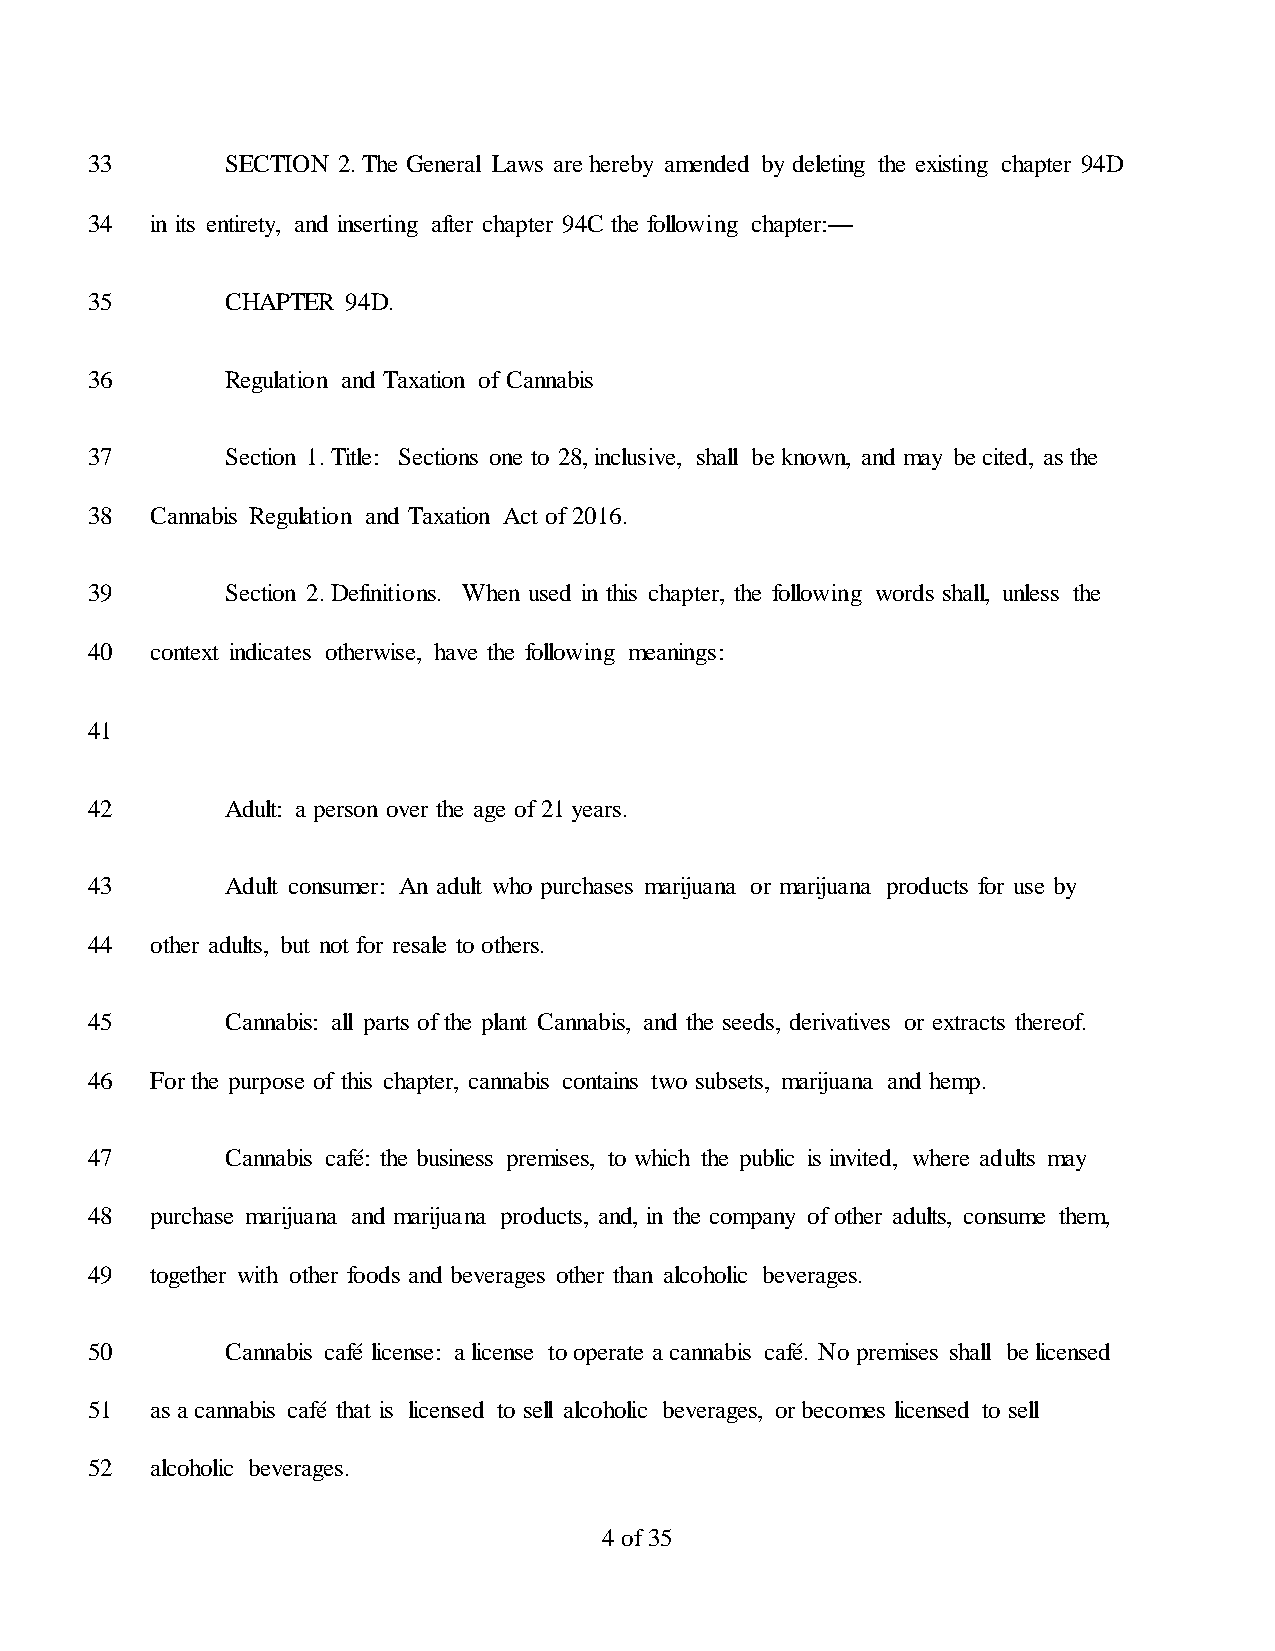
33       SECTION 2. The General Laws are hereby amended by deleting the existing chapter 94D
 34  in its entirety, and inserting after chapter 94C the following chapter:—
 35       CHAPTER 94D.
 36       Regulation and Taxation of Cannabis
 37       Section 1. Title: Sections one to 28, inclusive, shall be known, and may be cited, as the
 38  Cannabis Regulation and Taxation Act of 2016.
 39       Section 2. Definitions. When used in this chapter, the following words shall, unless the
 40  context indicates otherwise, have the following meanings:
 41
 42       Adult: a person over the age of 21 years.
 43       Adult consumer: An adult who purchases marijuana or marijuana products for use by
 44  other adults, but not for resale to others.
 45       Cannabis: all parts of the plant Cannabis, and the seeds, derivatives or extracts thereof.
 46  For the purpose of this chapter, cannabis contains two subsets, marijuana and hemp.
 47       Cannabis café: the business premises, to which the public is invited, where adults may
 48  purchase marijuana and marijuana products, and, in the company of other adults, consume them,
 49  together with other foods and beverages other than alcoholic beverages.
 50       Cannabis café license: a license to operate a cannabis café. No premises shall be licensed
 51  as a cannabis café that is licensed to sell alcoholic beverages, or becomes licensed to sell
 52  alcoholic beverages.
 4 of 35